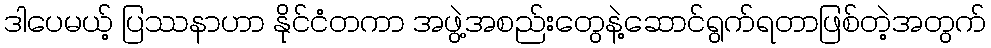
ဒါပေမယ့် ပြဿနာဟာ နိုင်ငံတကာ အဖွဲ့အစည်းတွေနဲ့ဆောင်ရွက်ရတာဖြစ်တဲ့အတွက်